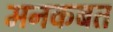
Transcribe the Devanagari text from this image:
मनकबत